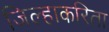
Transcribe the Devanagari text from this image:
जिल्हाकरिता